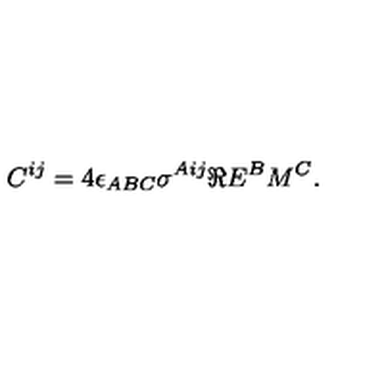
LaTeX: C ^ { i j } = 4 \epsilon _ { A B C } \sigma ^ { A i j } \Re E ^ { B } M ^ { C } .